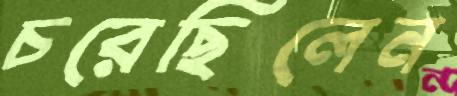
চরেছিলেন